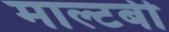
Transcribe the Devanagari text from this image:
माल्टबी